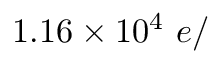
1 . 1 6 \times 1 0 ^ { 4 } ~ e /